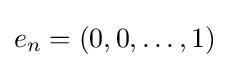
e_{n}=(0,0,\ldots ,1)